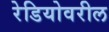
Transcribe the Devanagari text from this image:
रेडियोवरील